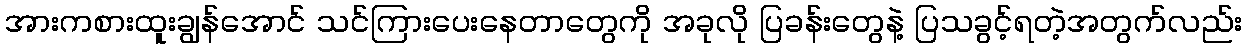
အားကစားထူးချွန်အောင် သင်ကြားပေးနေတာတွေကို အခုလို ပြခန်းတွေနဲ့ ပြသခွင့်ရတဲ့အတွက်လည်း